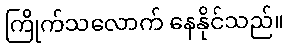
ကြိုက်သလောက် နေနိုင်သည်။